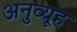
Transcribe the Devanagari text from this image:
अनुव्यूह